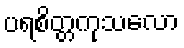
ပရစိတ္တကုသလော